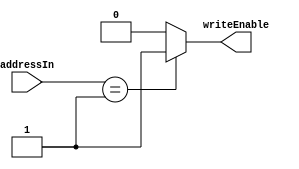
// tags:

/* SUMMARY:
The Input Gate checks if its address was specified on the bus it is attached
to and if so, emits a writeEnable signal
*/

module InputGate #(
        parameter ADDR_BUS_WIDTH = 64,

        parameter ADDRESS = 1
    ) (
        input [ADDR_BUS_WIDTH-1:0] addressIn,

        output wire writeEnable
    );

    assign writeEnable = (addressIn == ADDRESS) ? 1 : 0;

endmodule